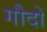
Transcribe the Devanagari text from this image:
गौदों